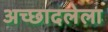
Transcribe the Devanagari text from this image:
अच्छादलेला